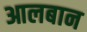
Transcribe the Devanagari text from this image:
आलबान